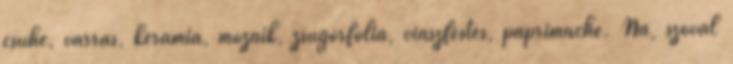
csuhé, varrás, kerámia, mozaik, zsugorfólia, viaszfestés, paprímaché. Na, szóval